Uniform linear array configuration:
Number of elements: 16
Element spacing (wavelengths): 0.75
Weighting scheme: uniform
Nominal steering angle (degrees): -45
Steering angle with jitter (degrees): -44.242
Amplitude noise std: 0.05
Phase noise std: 0.05

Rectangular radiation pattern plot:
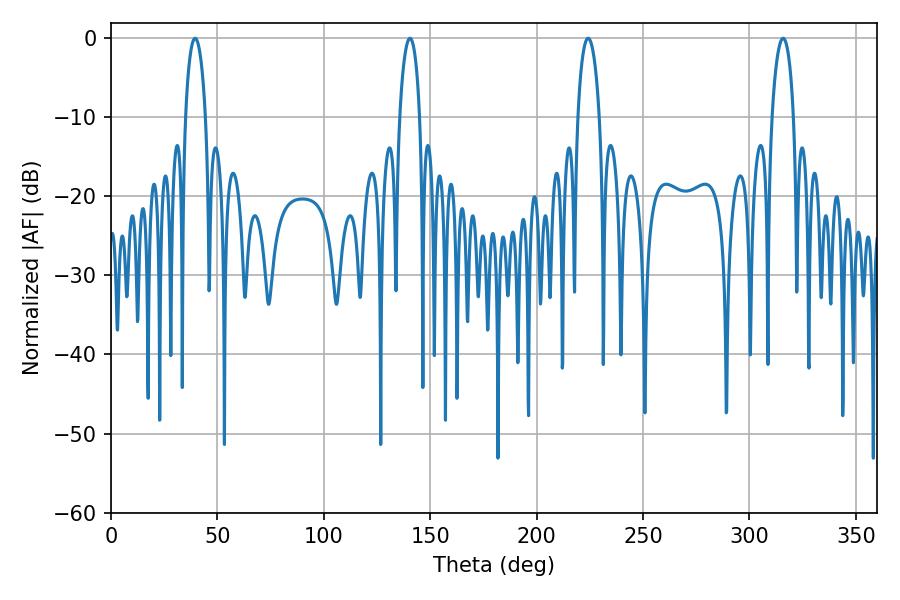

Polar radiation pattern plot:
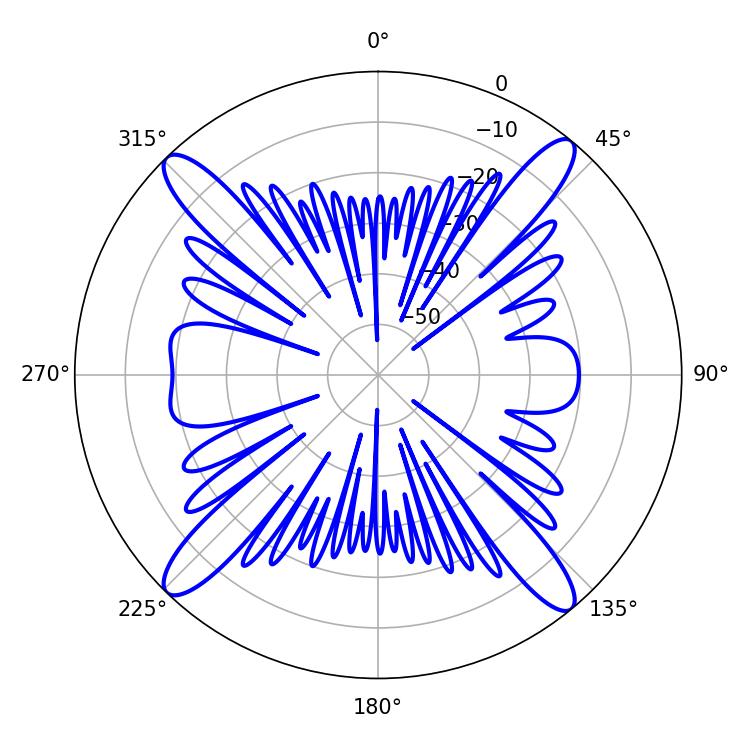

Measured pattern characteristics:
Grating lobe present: TRUE
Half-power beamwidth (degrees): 5.76
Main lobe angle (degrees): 315.9